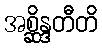
အစ္ဆိန္ဒတီတိ